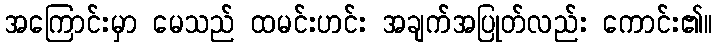
အကြောင်းမှာ မေသည် ထမင်းဟင်း အချက်အပြုတ်လည်း ကောင်း၏။